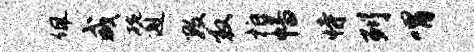
佩咸碗邂数救拍幡恃列喟